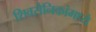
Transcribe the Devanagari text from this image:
शिवसैनिकांमध्ये